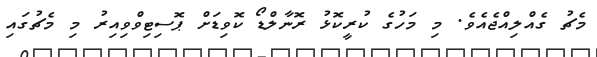
މެޗު ގެއްލިއްޖެއެވެ. މި މަހުގެ ކުރީކޮޅު ރޮނާލްޑޯ ކޮވިޑަށް ޕޮސިޓިވްވިއިރު މި މެޗުގައި